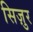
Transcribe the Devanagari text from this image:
सिज़ुर